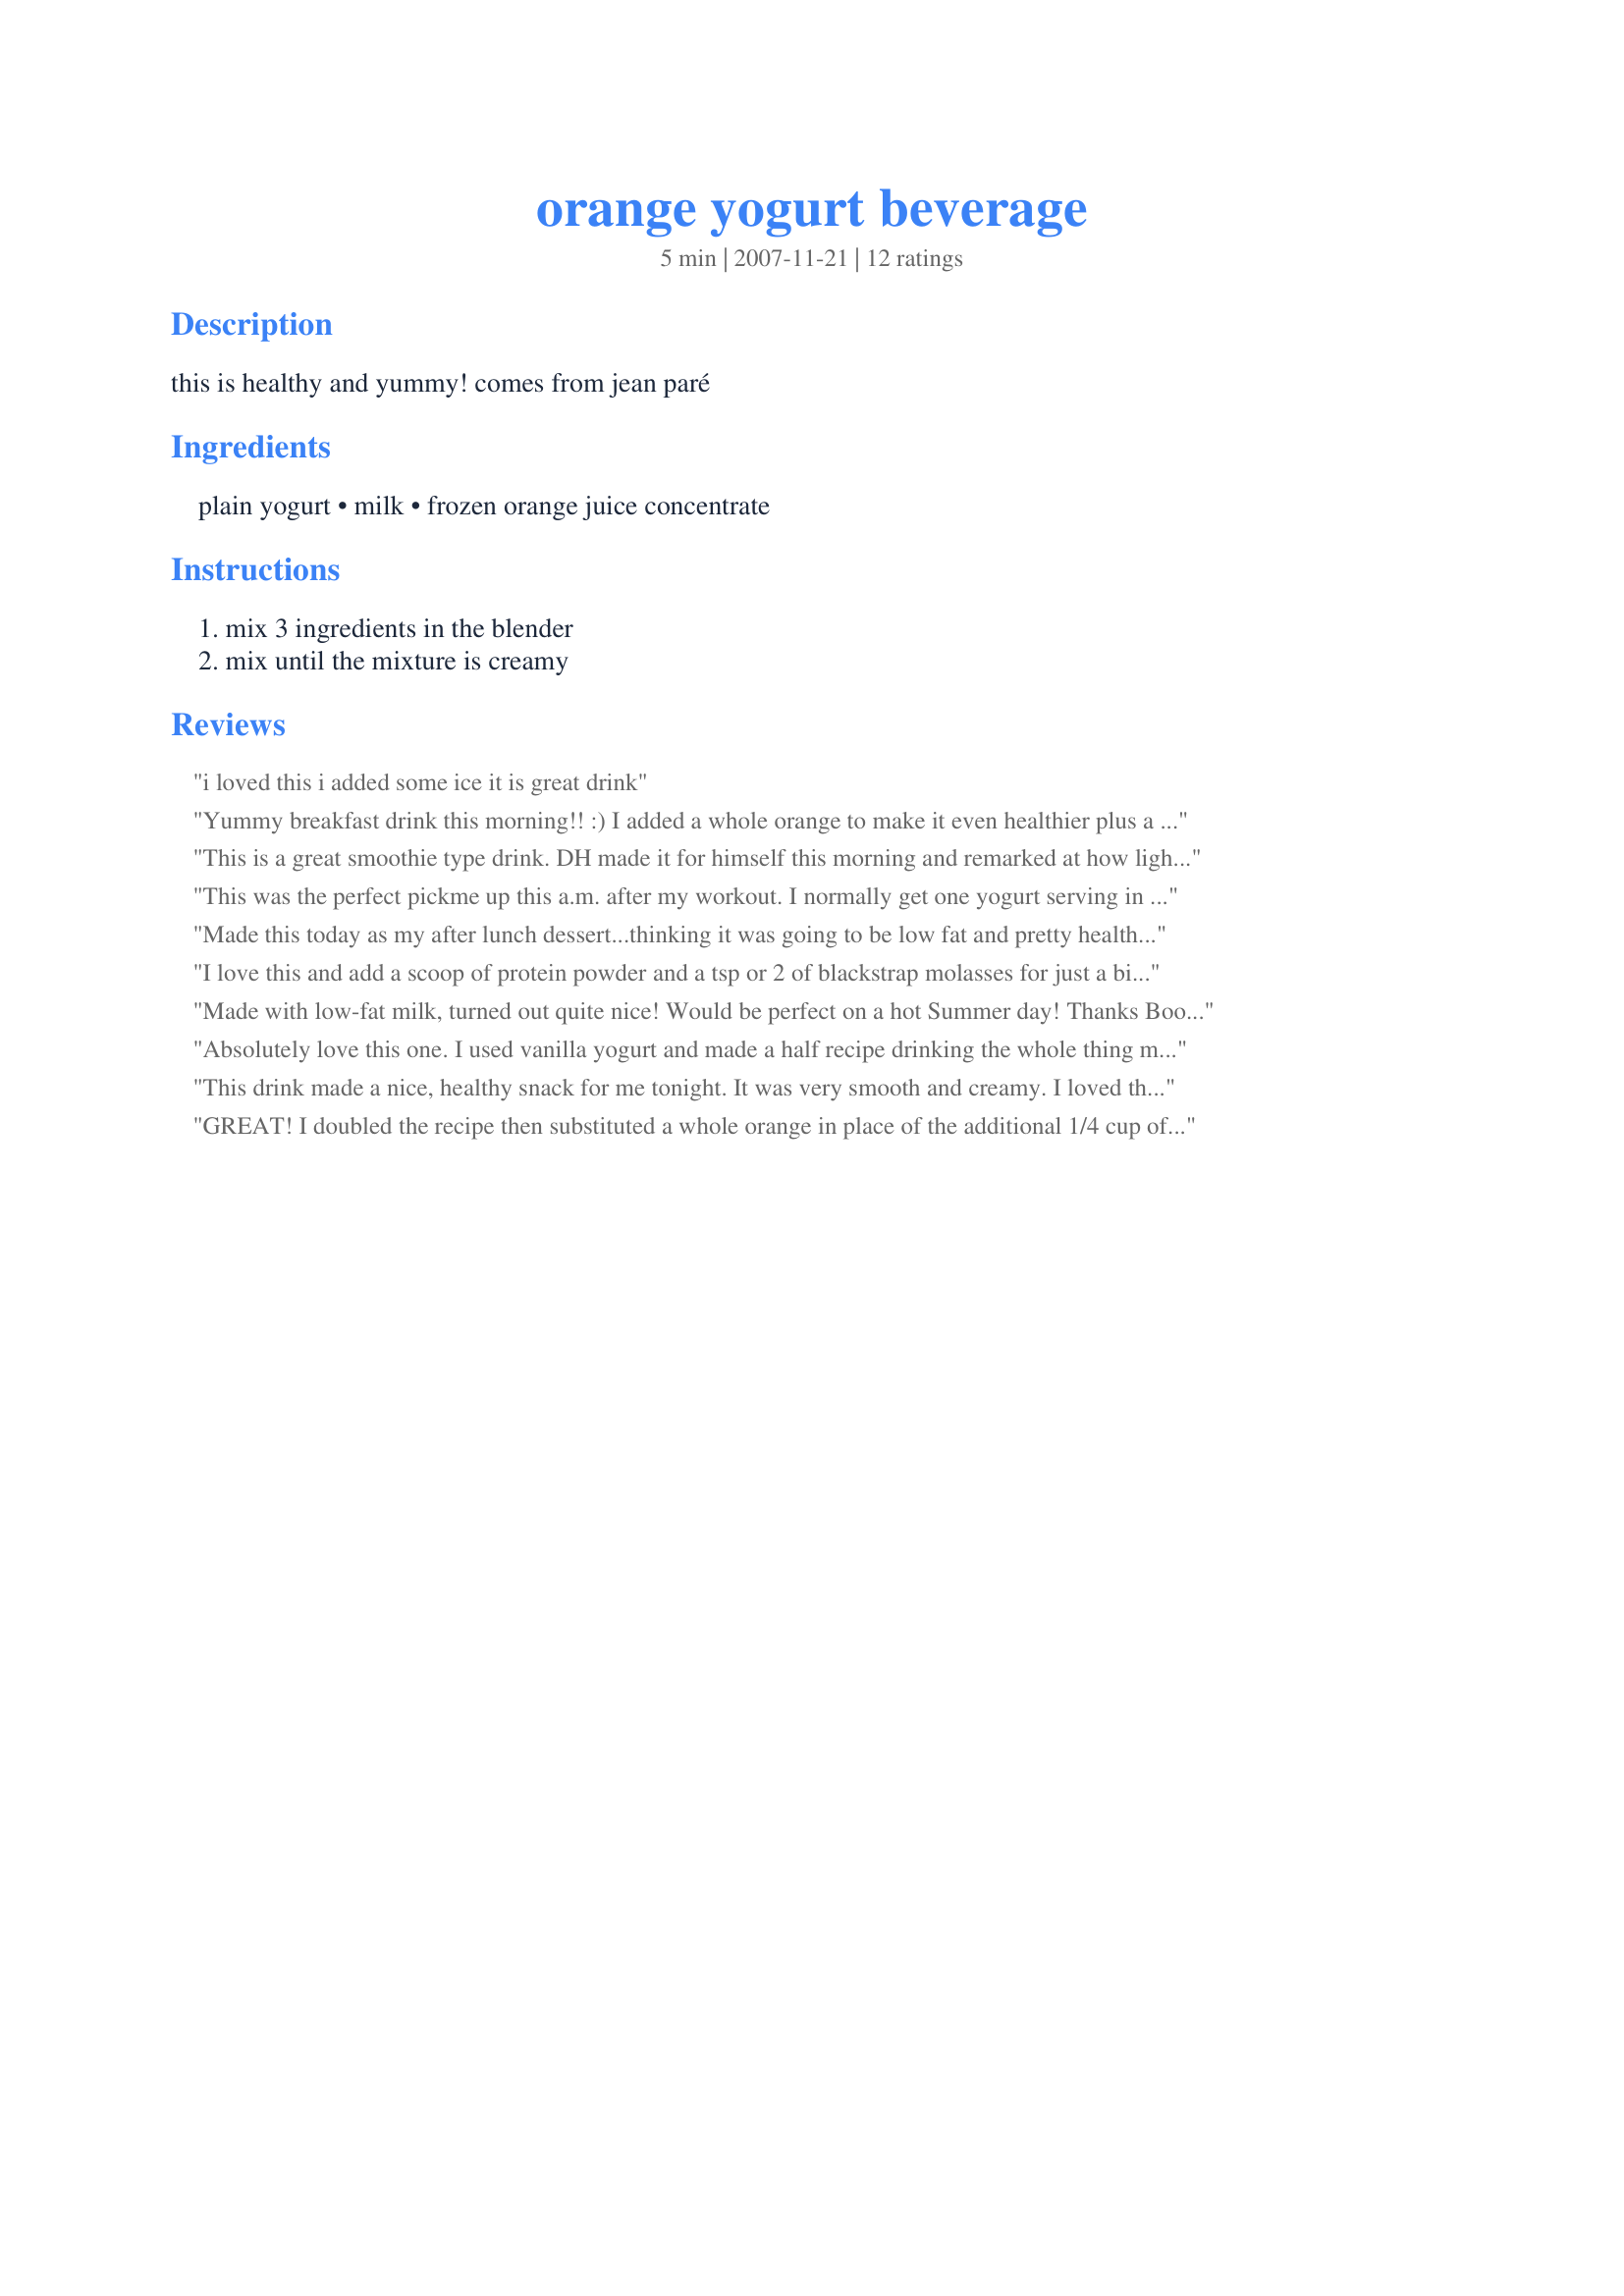
orange yogurt beverage
Preparation time: 5 minutes

this is healthy and yummy! comes from jean paré

Ingredients:
plain yogurt, milk, frozen orange juice concentrate

Steps:
mix 3 ingredients in the blender, mix until the mixture is creamy

Reviews:
i loved this i added some ice it is great drink
Yummy breakfast drink this morning!! :) I added a whole orange to make it even healthier plus a tad of splenda. Thanks, Boomette1!
This is a great smoothie type drink. DH made it for himself this morning and remarked at how light it was. The only change he had to make was to use orange cream yogurt instead of plain.
This was the perfect pickme up this a.m. after my workout. I normally get one yogurt serving in a day anyway, and so this was a great alternative. I followed SherrySweetslady's advice and added an orange segment and one packet of Splenda. PERFECT. Just the right amount of coldness. Thanks France. Made for Feb. Cupids Bev. Tag~
Made this today as my after lunch dessert...thinking it was going to be low fat and pretty healthy. I put the frozen orange juice and low fat yogurt into the blender then noticed a big empty space in the fridge where the carton of milk used to reside. The kids used the last of it on their cereal this morning. So, I grabbed the carton of heavy whipping cream from the back of the fridge. Made a really rich and creamy drink...not very diet friendly but very enjoyable to say the least. When I got to the bottom of the cup I had more of an orange mouse. Will definitely make this recipe again; only next time I will use skim milk. Made and reviewed for the Best of 2009 Tag Game.
I love this and add a scoop of protein powder and a tsp or 2 of blackstrap molasses for just a bit of sweetening. Super simple and delicious! 

Should the number or size of servings be corrected? Does 1 cup + 1 cup + 1/4 cup add up to 3 cups when blended?
Made with low-fat milk, turned out quite nice! Would be perfect on a hot Summer day! Thanks Boomette! Made for Zaar tag!:)
Absolutely love this one. I used vanilla yogurt and made a half recipe drinking the whole thing myself. Yum!
This drink made a nice, healthy snack for me tonight. It was very smooth and creamy. I loved the idea of using frozen orange juice concentrate for the flavor! Thanks Boomette. :-)
GREAT! I doubled the recipe then substituted a whole orange in place of the additional 1/4 cup of OJ concentrate! Also took the hint from Ceezie & used orange cream yogurt! Very, very nice, & worth keeping around! [Tagged, made & reviewed in Zaar Stars Recipe Tag Game]
Marvelous drink with 3 simple ingredients. I liked the light tartness that the plain yogurt gives. It was grand with breakfast and would be a pleasure throught the day. I used skim milk and plain fat free yogurt. It whipped up so unbelivably light that a big glass wasn't too much at all. Yumm.
I made this for a mid-afternoon pick-me-up today and thoroughly enjoyed it! I threw in a scoop of protein powder. I used vanilla soy milk & vanilla yogurt which along with the frozen oj made me think I was drinking a creamsicle!
Thanks Boomette! Made for Everyday Holiday Tag Dec '09.
